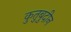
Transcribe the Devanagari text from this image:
कुतुबुदीन